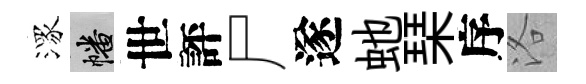
潈幡世評尸遂虵琹序洛